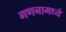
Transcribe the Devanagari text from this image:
गणनामध्ये